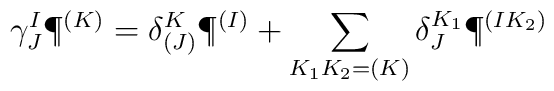
\gamma^I_J \P^{(K)} = \delta^K_{(J)} \P^{(I)} + \sum_{K_1 K_2 = (K)} \delta^{K_1}_J \P^{(I K_2)}